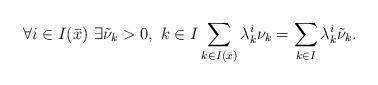
LaTeX: \begin{align*}\forall i\in I(\bar{x}) \ \exists \tilde{\nu}_k>0,\ k \in I\sum_{k \in I(\bar{x})} \lambda_k^i \nu_k =\sum_{k \in I} \lambda_k^i \tilde{\nu}_k.\end{align*}